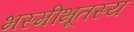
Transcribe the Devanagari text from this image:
भस्मीभूतस्य